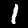
Digit: 1